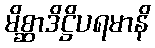
မိစ္ဆာဒိဋ္ဌိပရမာနိ